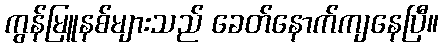
ကွန်မြူနစ်များသည် ခေတ်နောက်ကျနေပြီ။